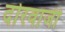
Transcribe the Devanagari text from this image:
दोरवाजी